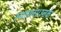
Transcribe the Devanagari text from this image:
स्थापना।उनके